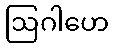
ဩဂါဟေ